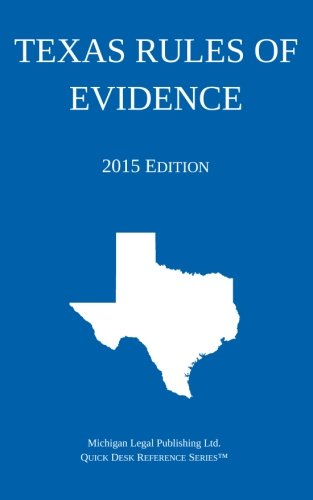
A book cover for Texas Rules of Evidence; 2015 Edition: Quick Desk Reference Series; Michigan Legal Publishing Ltd.; Law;